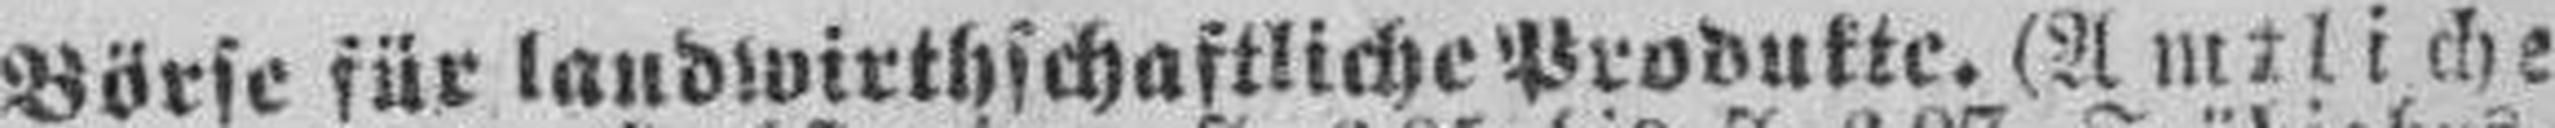
Börse für landwirthschaftliche Produkte. (Amtliche